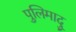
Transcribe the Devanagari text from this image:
पुलिमादु